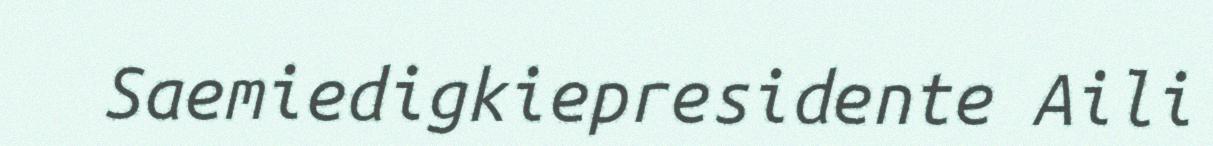
Saemiedigkiepresidente Aili